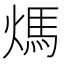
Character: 𤌬